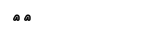
٦٢